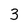
Character: 3